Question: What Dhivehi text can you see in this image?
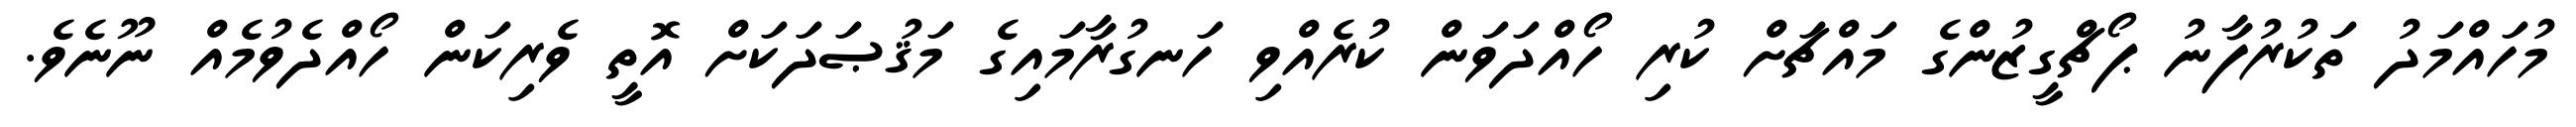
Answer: މުހައްމަދު ތަކުރުފާނު ޕޯޗްގީޒުންގެ މައްޗަށް ކުރި ހޯއްދަވަން ކުރެއްވި ހަނގުރާމައިގެ މަޤުޞަދަކަށް އޮތީ ވެރިކަން ހޯއްދެވުމެއް ނޫނެވެ.